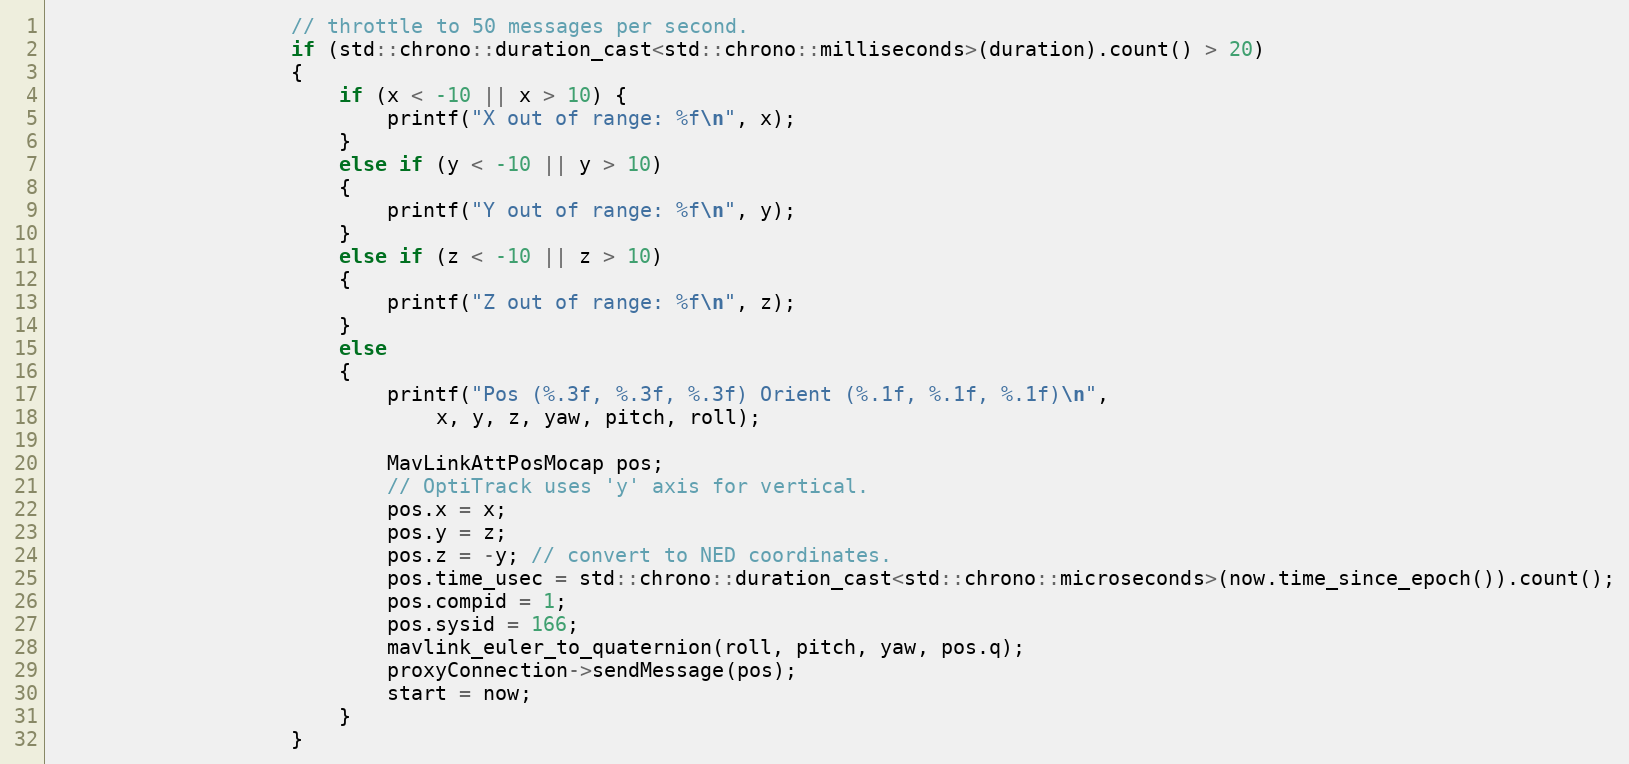
Language: C++
                    // throttle to 50 messages per second.
                    if (std::chrono::duration_cast<std::chrono::milliseconds>(duration).count() > 20)
                    {
                        if (x < -10 || x > 10) {
                            printf("X out of range: %f\n", x);
                        }
                        else if (y < -10 || y > 10)
                        {
                            printf("Y out of range: %f\n", y);
                        }
                        else if (z < -10 || z > 10)
                        {
                            printf("Z out of range: %f\n", z);
                        }
                        else
                        {
                            printf("Pos (%.3f, %.3f, %.3f) Orient (%.1f, %.1f, %.1f)\n",
                                x, y, z, yaw, pitch, roll);

                            MavLinkAttPosMocap pos;
                            // OptiTrack uses 'y' axis for vertical.
                            pos.x = x;
                            pos.y = z;
                            pos.z = -y; // convert to NED coordinates.
                            pos.time_usec = std::chrono::duration_cast<std::chrono::microseconds>(now.time_since_epoch()).count();
                            pos.compid = 1;
                            pos.sysid = 166;
                            mavlink_euler_to_quaternion(roll, pitch, yaw, pos.q);
                            proxyConnection->sendMessage(pos);
                            start = now;
                        }
                    }